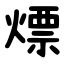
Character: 熛